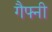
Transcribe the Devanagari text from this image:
गैफ्नी